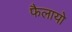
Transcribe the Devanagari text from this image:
फैलायो